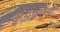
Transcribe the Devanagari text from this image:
कुआलोआ